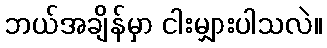
ဘယ်အချိန်မှာ ငါးမျှားပါသလဲ။